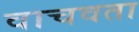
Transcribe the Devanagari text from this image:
वाचवता